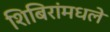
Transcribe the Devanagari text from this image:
शिबिरांमधले